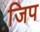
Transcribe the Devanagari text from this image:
जि़प